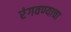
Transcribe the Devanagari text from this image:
रंगवण्याचा